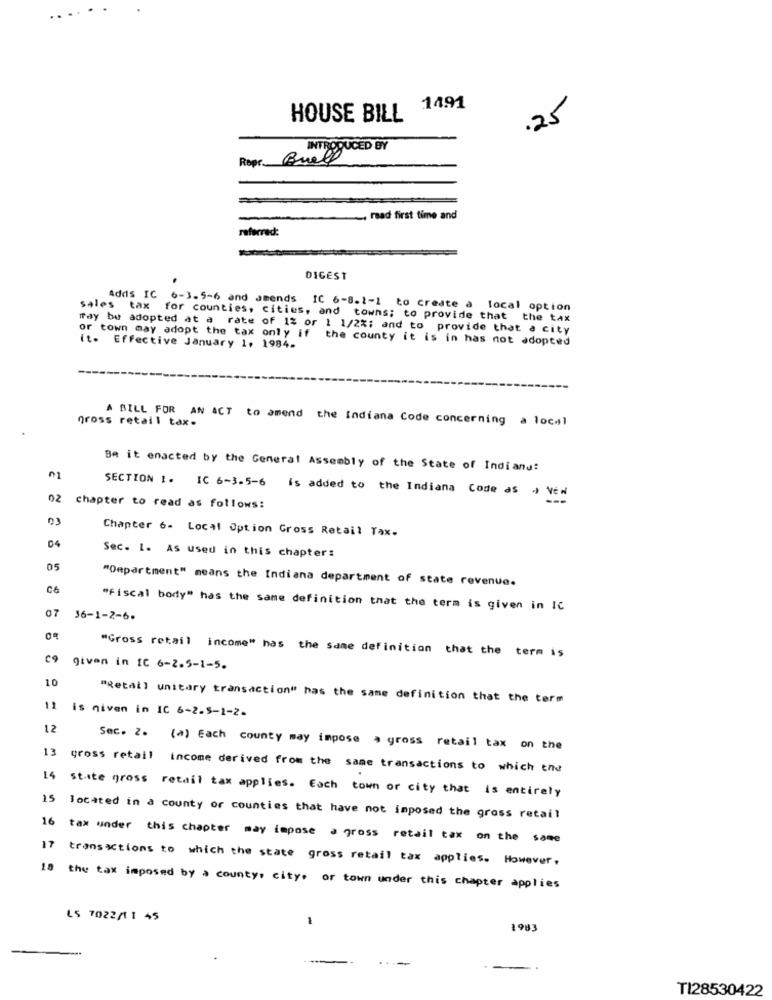
.. ....
1491
HOUSE BILL
.25
INTRODUCED BY
Repr Buell
read first time and
referred:
DIGEST
Adds IC 6-3.5-6 and amends IC 6-8.1-1 to create a local option
sales tax for counties, cities, and towns; to provide that the tax
may be adopted at a rate of 1% or 1 1/2%; and to provide that a city
or town may adopt the tax only if the county it is in has not adopted
it. Effective January 1, 1984.
gross retail tax.
A BILL FOR AN ACT to amend the Indiana Code concerning a local
Be it enacted by the General Assembly of the State of Indiand:
SECTION 1. IC 6-3.5-6 is added to the Indiana Code as , VEN
02
chapter to read as follows:
Chapter 6- Local Option Gross Retail Tax-
04
Sec. I. AS used in this chapter:
"Department" means the Indiana department of state revenue.
C6
07
"Fiscal body" has the same definition that the term is given in IC
36-1-2-6.
"Gross retail income" has the same definition that the term is
given in IC 6-2.5-1-5.
10
"Retail unitary transaction" has the same definition that the term
1is niven in IC 6-2-5-1-2-
12
13
Sec. Z . (a) Each county may impose > gross retail tax on the
gross retail income derived from the same transactions to which the
14 state gross retail tax applies. Each town or city that is entirely
15 located in a county or counties that have not imposed the gross retail
16 tax under this chapter may impose a gross retail tax on the same
7 transactions to which the state gross retail tax applies. However.
18
the tax imposed by a county, city, or town under this chapter applies
LS 7022/11 45
-
1983
TI28530422